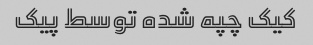
کیک چپه شده توسط پیک